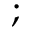
;